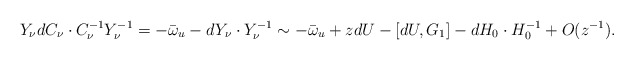
\begin{align*} Y_{\nu}dC_{\nu}\cdot C_{\nu}^{-1}Y_{\nu}^{-1}=-\bar{\omega}_{u}-dY_{\nu}\cdot Y_{\nu}^{-1}\sim-\bar{\omega}_{u} +zdU-[dU,G_{1}]-dH_{0}\cdot H_{0}^{-1}+O(z^{-1}). \end{align*}